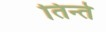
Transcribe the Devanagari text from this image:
तिन्ते